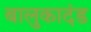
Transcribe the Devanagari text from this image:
बालुकादंड